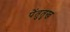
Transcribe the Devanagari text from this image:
पेंतुतुख